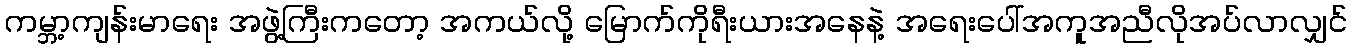
ကမ္ဘာ့ကျန်းမာရေး အဖွဲ့ကြီးကတော့ အကယ်လို့ မြောက်ကိုရီးယားအနေနဲ့ အရေးပေါ်အကူအညီလိုအပ်လာလျှင်